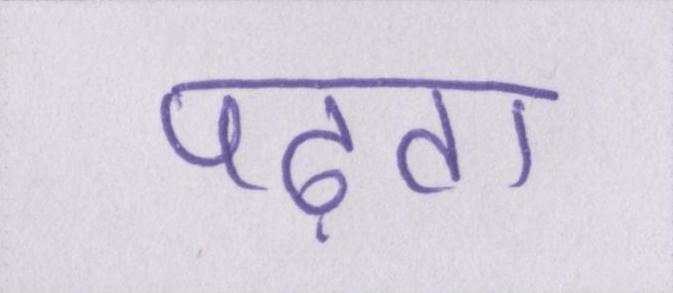
पढ़ता